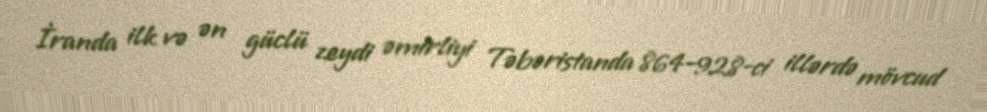
İranda ilk və ən güclü zeydi əmirliyi Təbəristanda 864–928-ci illərdə mövcud